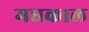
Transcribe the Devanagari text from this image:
मधकाल